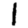
Digit: 1